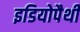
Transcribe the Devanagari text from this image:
इडियोपैथी